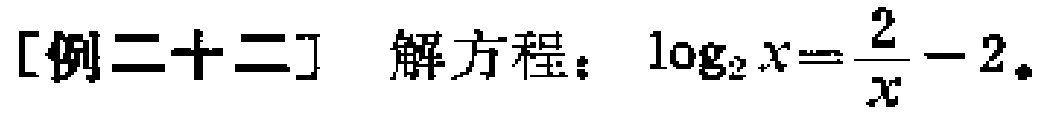
[例二十二] 解方程：\(\log_{2}x = \frac{2}{x} - 2\)。